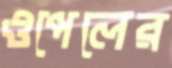
ওপেলের